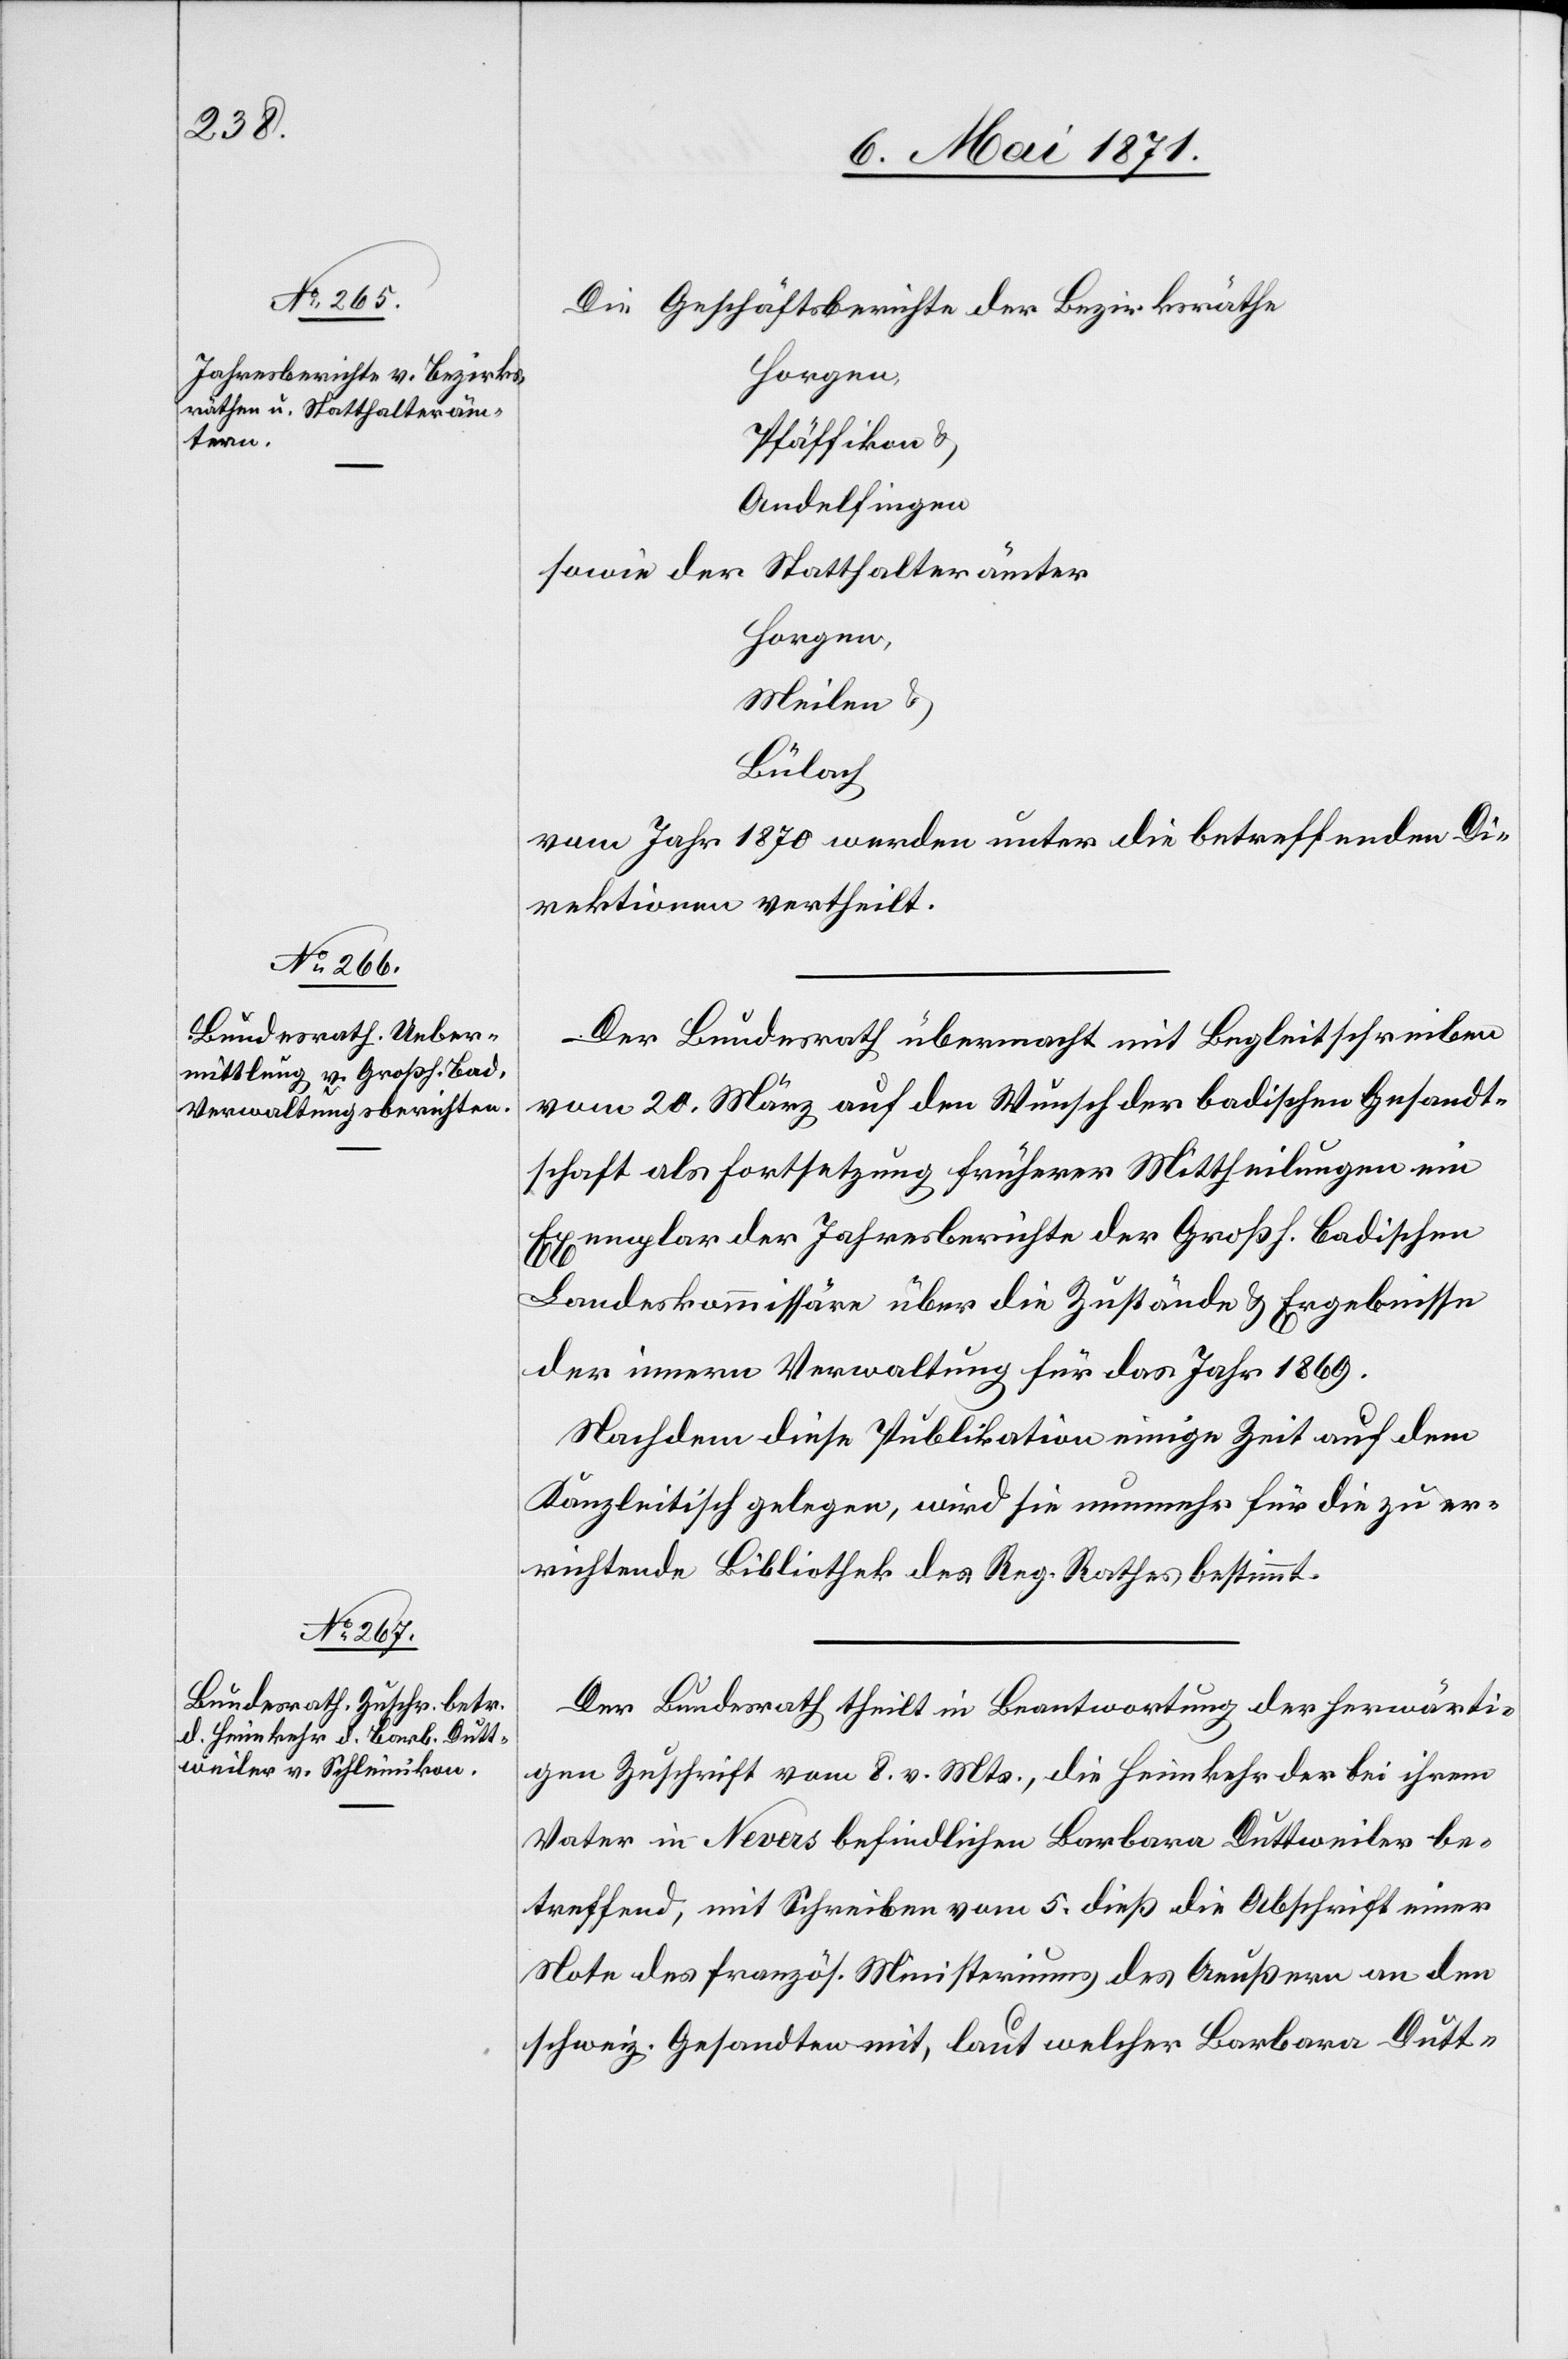
9. Mai 1871.]
Die Geschäftsberichte der Bezirksräthe
Horgen
Pfäffikon u.
Andelfingen
sowie der Statthalterämter
Horgen
Meilen u.
Bülach
vom Jahr 1870 werden unter die betreffenden Di¬
rektionen vertheilt.
Der Bundesrath übermacht mit Begleitschreiben
vom 20. März auf den Wunsch der badischen Gesandt¬
schaft als Fortsetzung früherer Mittheilungen ein
Exemplar der Jahresberichte der Großh. badischen
Landeskommissäre über die Zustände u. Ergebnisse
der innern Verwaltung für das Jahr 1869.
Nachdem diese Publikation einige Zeit auf dem
Kanzleitisch gelegen, wird sie nunmehr für die zu er¬
richtende Bibliothek des Reg. Rathes bestimmt.
Der Bundesrath theilt in Beantwortung der herwärti¬
gen Zuschrift vom 8. v. Mts., die Heimkehr der bei ihrem
Vater in Nevers befindlichen Barbara Duttweiler be¬
treffend, mit Schreiben vom 5. dieß die Abschrift einer
Note des französ. Ministeriums des Aeußern an den
schweiz. Gesandten mit, laut welcher Barbara Dutt-